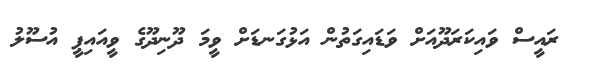
ރައީސް ވައިކަރަދޫއަށް ވަޑައިގަތުން އަޅުގަނޑަށް ވީމަ ދޫނިދޫގެ ވީއައިޕީ އުސޫލު